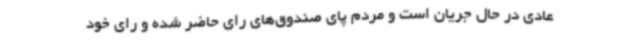
عادی در حال جریان است و مردم پای صندوق‌های رای حاضر شده و رای خود